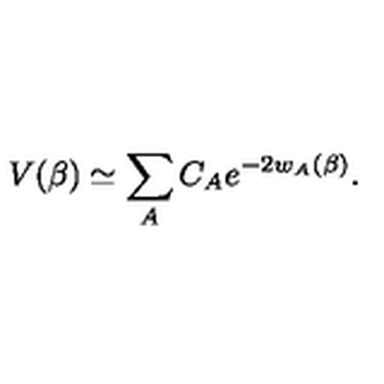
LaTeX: V ( \beta ) \simeq \sum _ { A } C _ { A } e ^ { - 2 w _ { A } ( \beta ) } .